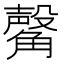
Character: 𧤴